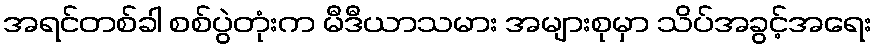
အရင်တစ်ခါ စစ်ပွဲတုံးက မီဒီယာသမား အများစုမှာ သိပ်အခွင့်အရေး